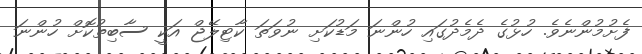
ފެށުމުންނެވެ. ހުޅުގެ ދެމެދުގައި ހުންނަ މަޑުކަށި ނުވަތަ ކާޓިލޭޖް އަކީ ސާބިތުކޮށް ހުންނަ